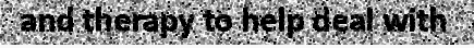
and therapy to help deal with